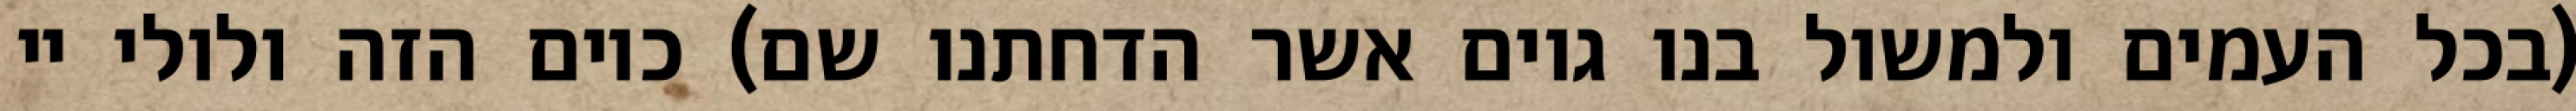
(בכל העמים ולמשול בנו גוים אשר הדחתנו שם) כיום הזה ולולי יי